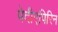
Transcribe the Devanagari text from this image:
पेदीएपिरिन